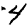
Digit: 4